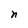
Character: n